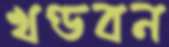
খণ্ডবন